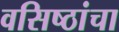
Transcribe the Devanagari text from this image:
वसिष्ठांचा